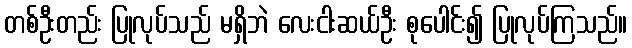
တစ်ဦးတည်း ပြုလုပ်သည် မရှိဘဲ လေးငါးဆယ်ဦး စုပေါင်း၍ ပြုလုပ်ကြသည်။